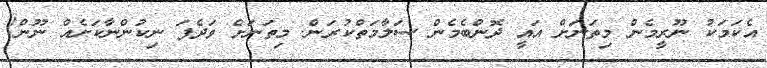
އެކަމަކު ނޫރީމެން މިތަނަށް އައީ ދޮންބެމެން ސަލާމަތްކުރަން. މިިތަނަށް ވަދެފަ ނިކުންނާކަށެއް ނޫން!